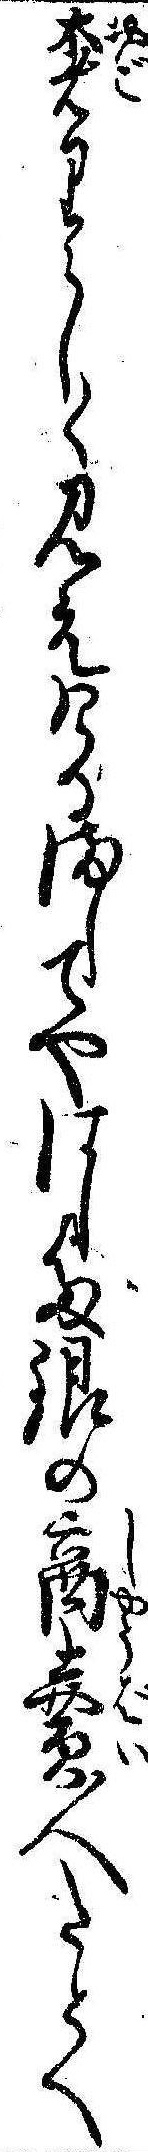
奢りらしく見えけるましてやはした銀の商売人たとへ